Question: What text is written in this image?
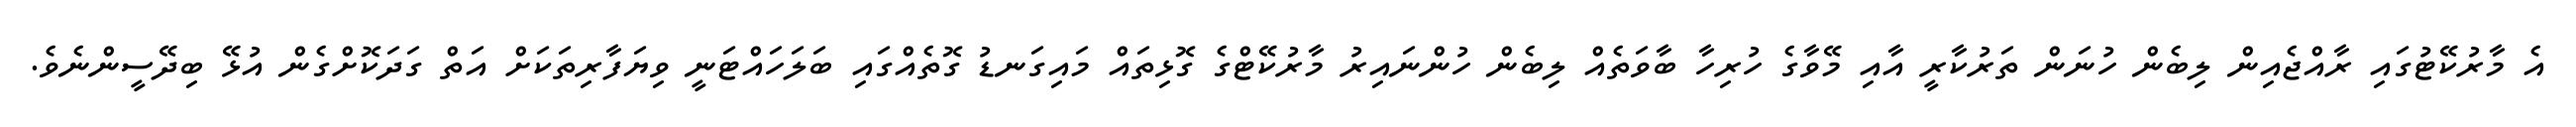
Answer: އެ މާރުކޭޓުގައި ރާއްޖެއިން ލިބެން ހުނަން ތަރުކާރީ އާއި މޭވާގެ ހުރިހާ ބާވަތެއް ލިބެން ހުންނައިރު މާރުކޭޓްގެ ގޮޅިތައް މައިގަނޑު ގޮތެއްގައި ބަލަހައްޓަނީ ވިޔަފާރިތަކަށް އަތް ގަދަކޮށްގެން އުޅޭ ބިދޭސީންނެވެ.